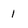
Character: 1